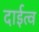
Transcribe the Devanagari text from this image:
दाईत्व